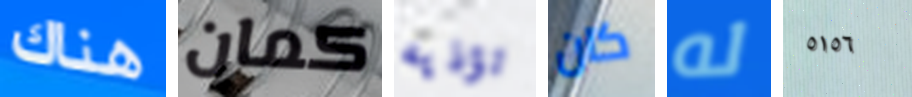
هناك كمان تؤذيه كان له ٥١٥٦